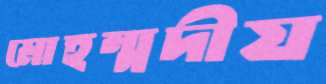
মোহম্মদীয়